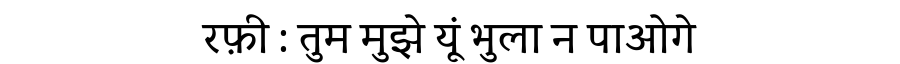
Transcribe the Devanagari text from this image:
रफ़ी : तुम मुझे यूं भुला न पाओगे